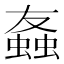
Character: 𫋒